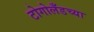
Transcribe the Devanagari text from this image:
टोगोलँडच्या